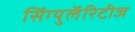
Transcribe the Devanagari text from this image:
सिंग्युलॅरिटीज